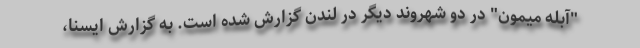
"آبله میمون" در دو شهروند دیگر در لندن گزارش شده است. به گزارش ایسنا،